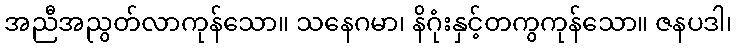
အညီအညွတ်လာကုန်သော။ သနေဂမာ၊ နိဂုံးနှင့်တကွကုန်သော။ ဇနပဒါ၊